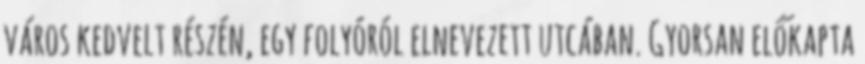
város kedvelt részén, egy folyóról elnevezett utcában. Gyorsan előkapta